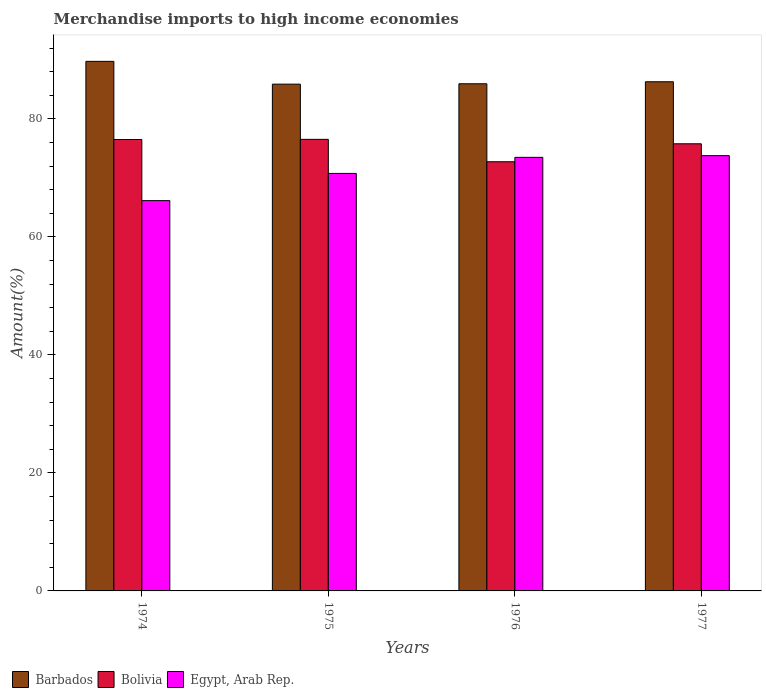
| Years | Barbados | Bolivia | Egypt, Arab Rep. |
 | --- | --- | --- | --- |
 | 1974 | 89.8 | 76.5 | 66.2 |
 | 1975 | 85.9 | 76.5 | 70.8 |
 | 1976 | 86 | 72.7 | 73.5 |
 | 1977 | 86.3 | 75.8 | 73.8 |